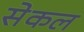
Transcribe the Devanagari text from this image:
सेकल